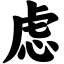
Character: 虑